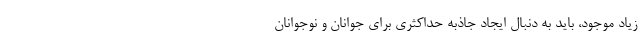
زیاد موجود، باید به دنبال ایجاد جاذبه حداکثری برای جوانان و نوجوانان